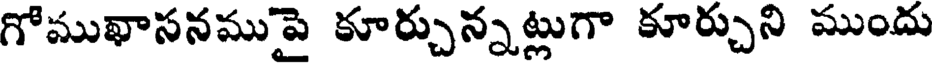
గోముఖాసనముపై కూర్చున్నట్లుగా కూర్చుని ముందు